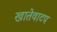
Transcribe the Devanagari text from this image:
खातेवाटप